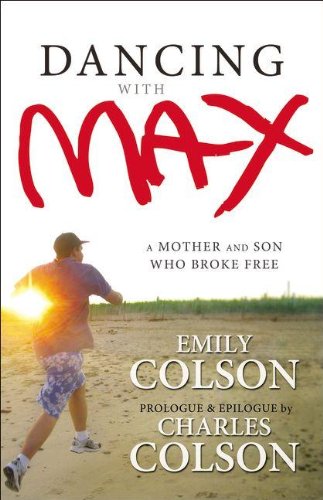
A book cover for Dancing with Max: A Mother and Son Who Broke Free; Emily Colson; Parenting & Relationships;